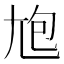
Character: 𡯡